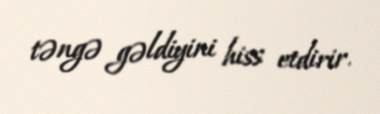
təngə gəldiyini hiss etdirir.